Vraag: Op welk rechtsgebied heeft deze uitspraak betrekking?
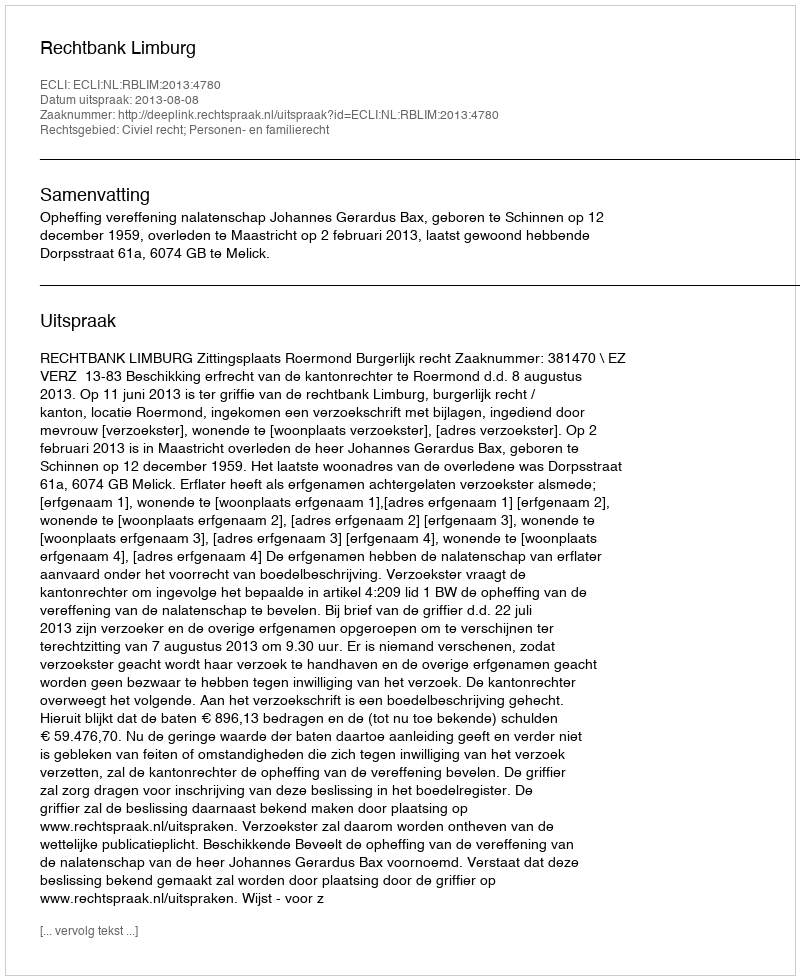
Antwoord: Civiel recht; Personen- en familierecht